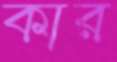
কার